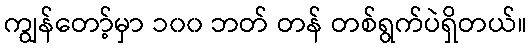
ကျွန်တော့်မှာ ၁၀၀ ဘတ် တန် တစ်ရွက်ပဲရှိတယ်။